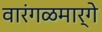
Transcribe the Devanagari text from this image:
वारंगळमार्गे